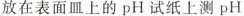
放在表面皿上的pH试纸上测pH